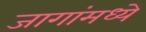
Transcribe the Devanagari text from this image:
जागांमध्ये